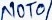
Text: NOT1